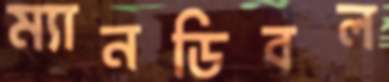
ম্যানডিবল